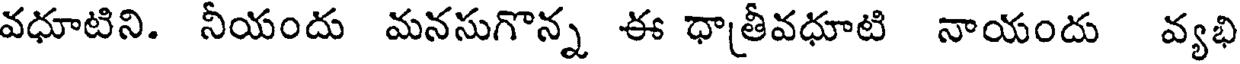
వధూటిని. నీయందు మనసుగొన్న ఈ ధాతీవధూటి నాయందు వ్యభి